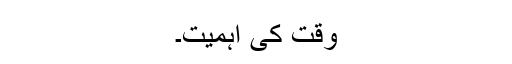
وقت کی اہمیت۔